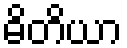
ဓိတိယာ